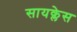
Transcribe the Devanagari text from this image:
सायक्लेस